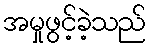
အမှုဖွင့်ခဲ့သည်